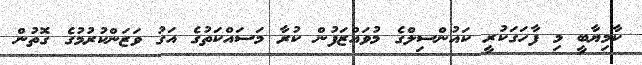
ކާމިޔާބީ މި ފާހަގަކުރީ ކައުންސިލްގެ މުވައްޒަފުން ކުރާ މަސައްކަތުގެ އަގު ވަޒަންކުރުމުގެ ގޮތުން